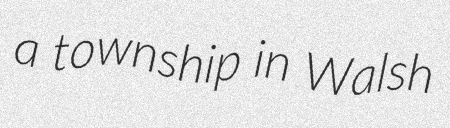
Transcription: a township in Walsh